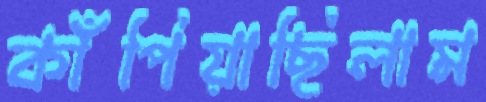
কাঁপিয়াছিলাম